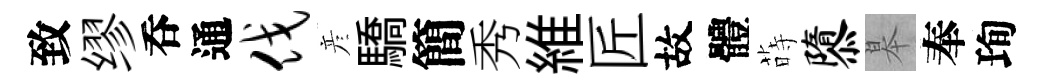
致缪呑通伐彦驕簡秀維匠故體蒔隳皋奉珣